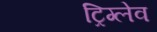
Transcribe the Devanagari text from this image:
ट्रिग्लेव